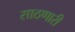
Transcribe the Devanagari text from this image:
साठणारी